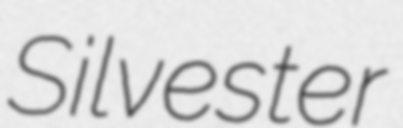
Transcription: Silvester